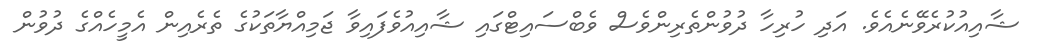
ޝާއިއުކުރެވޭނެއެވެ. އަދި ހުރިހާ ދުވުންތެރިންވެސް ވެބްސައިޓްގައި ޝާއިއުވެފައިވާ ޖަމިއްޔާތަކުގެ ތެރެއިން އެމީހެއްގެ ދުވުން